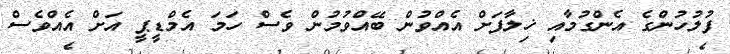
ފުލުހުންގެ އެންގުމާއި ޚިލާފަށް އެއްވުން ބޭއްވުމުން ވެސް ހަމަ އެމްޑީޕީ އަށް އެއްވެސް